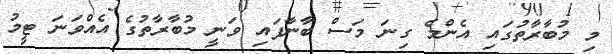
މި މުބާރާތުގައި އެންމެ ގިނަ މަސް ބާނާފައި ވަނީ މުބާރާތުގެ އެއްވަނަ ޓީމު